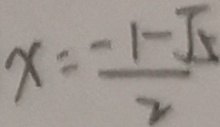
x = \frac { - 1 - \sqrt { 5 } } { 2 }